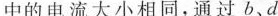
中的电流大小相同，通过b、d